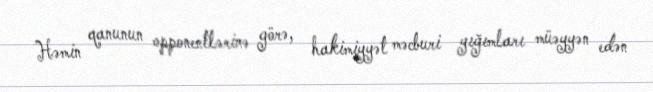
Həmin qanunun opponentlərinə görə, hakimiyyət məcburi yığımları müəyyən edən